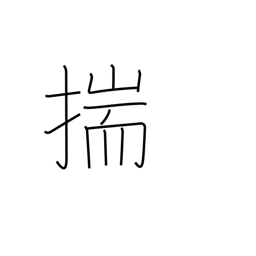
Meaning: conjecture